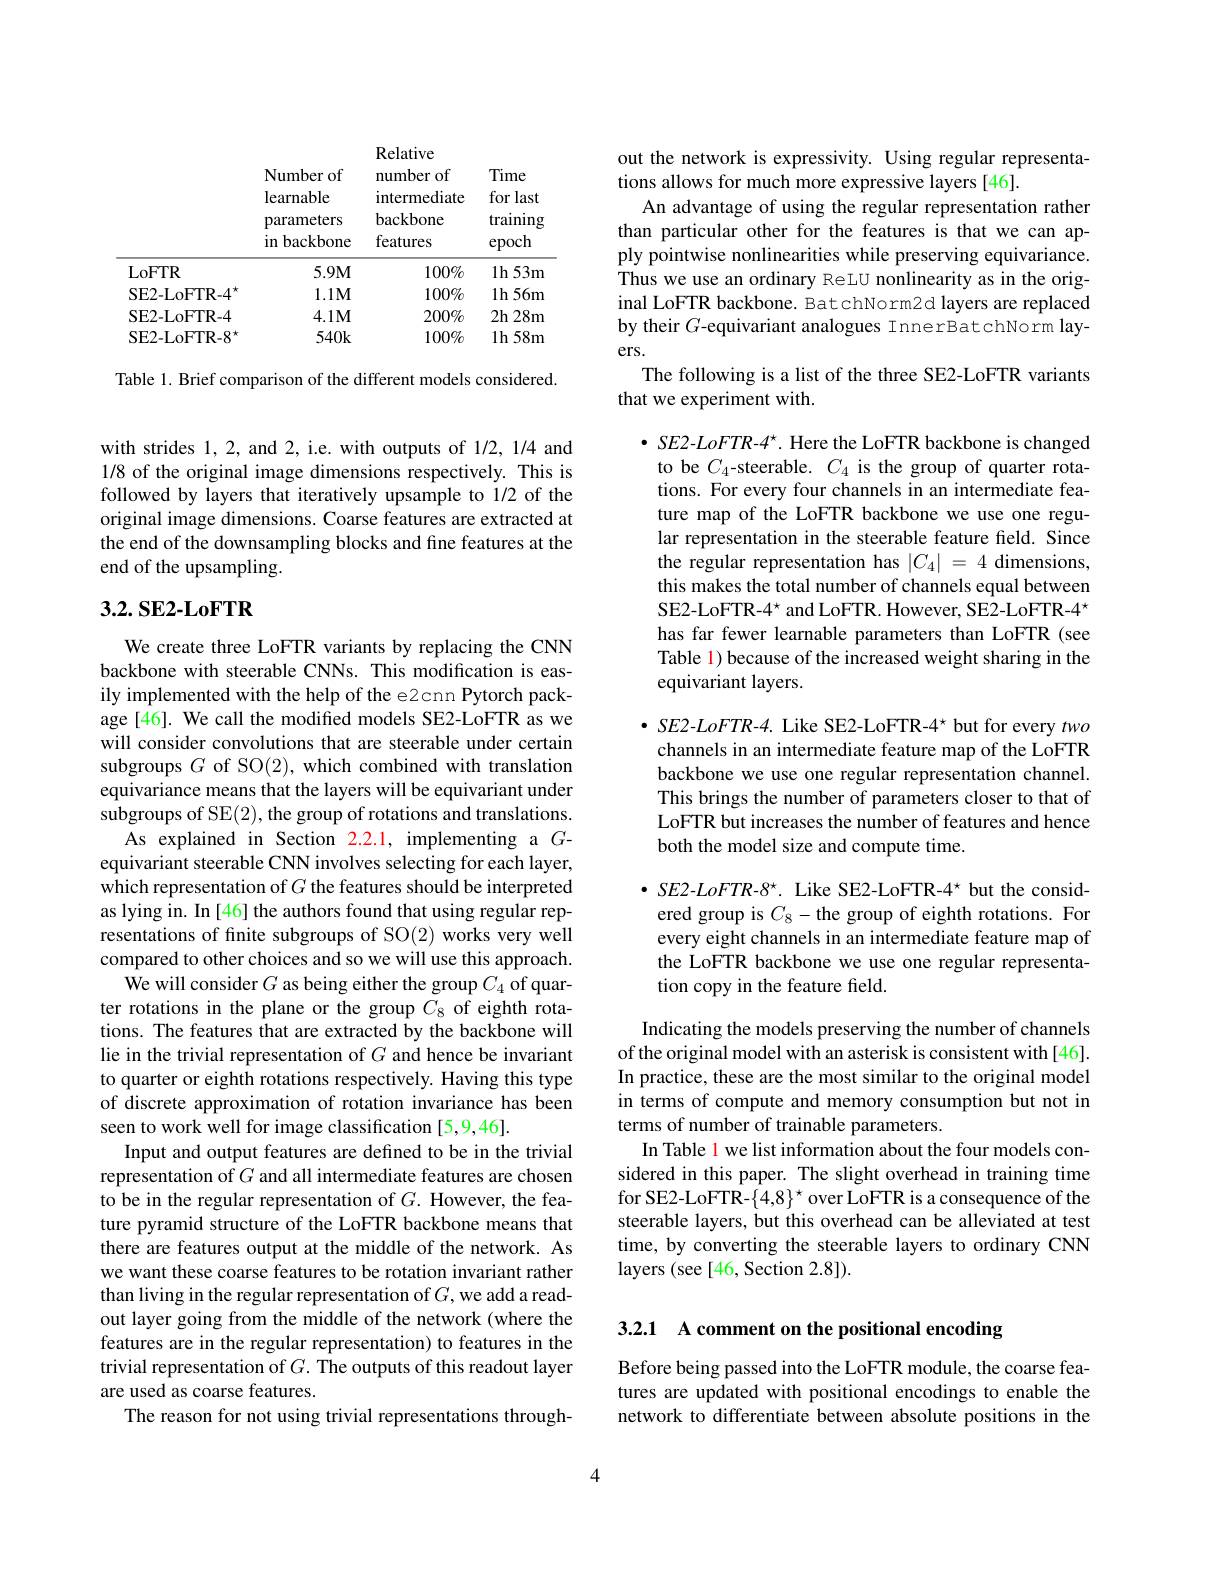
<table>
	<tbody>
		<tr>
			<th> </th>
			<th>Number of learnable parameters in backbone</th>
			<th>Relative number of intermediate backbone features</th>
			<th>Time for last training $\operatorname{epoch}$</th>
		</tr>
		<tr>
			<th> </th>
			<th>Number of learnable parameters in backbone</th>
			<th>Relative number of intermediate backbone features</th>
			<th>Time for last training $\operatorname{epoch}$</th>
		</tr>
		<tr>
			<td>LoFTR</td>
			<td>$5.9M$</td>
			<td>$100\%$</td>
			<td>1h 53m</td>
		</tr>
		<tr>
			<td>SE2-LoFTR-4"</td>
			<td>$1.1M$</td>
			<td>100%</td>
			<td>$1h56m$</td>
		</tr>
		<tr>
			<td>SE2-LoFTR-4</td>
			<td>$4.1M$</td>
			<td>$200\%$</td>
			<td>2h28m</td>
		</tr>
		<tr>
			<td>$SE2-LoFTR-8^{\star}$</td>
			<td>$540k$</td>
			<td>$100\%$</td>
			<td>1h 58m</td>
		</tr>
	</tbody>
</table>

Table 1. Brief comparison of the different models considered.

with strides 1, 2, and 2, i.e. with outputs of 1/2, 1/4 and 1/8 of the original image dimensions respectively. This is followed by layers that iteratively upsample to 1/2 of the original image dimensions. Coarse features are extracted at the end of the downsampling blocks and fine features at the end of the upsampling.

# 3.2. SE2-LoFTR

We create three LoFTR variants by replacing the CNN backbone with steerable CNNs. This modification is easily implemented with the help of the e2cnn Pytorch package[46]. We call the modified models SE2-LoFTR as we will consider convolutions that are steerable under certain subgroups $G$ of SO(2), which combined with translation equivariance means that the layers will be equivariant under subgroups of SE(2),the group of rotations and translations.
As explained in Section 2.2.1, implementing a $G$- equivariant steerable CNN involves selecting for each layer, which representation of $G$ the features should be interpreted as lying in. In [46] the authors found that using regular representations of fnite subgroups of SO(2) works very well compared to other choices and so we will use this approach.
We will consider $G$ as being either the group $C_{4}$ of quarter rotations in the plane or the group $C_{8}$ of eighth rotations. The features that are extracted by the backbone will lie in the trivial representation of $G$ and hence be invariant to quarter or eighth rotations respectively. Having this type of discrete approximation of rotation invariance has been seen to work well for image classification [5,9,46].
Input and output features are defined to be in the trivial representation of $G$ and all intermediate features are chosen to be in the regular representation of $G.$ However, the feature pyramid structure of the LoFTR backbone means that there are features output at the middle of the network. As we want these coarse features to be rotation invariant rather than living in the regular representation of $G$,we add a readout layer going from the middle of the network (where the features are in the regular representation) to features in the trivial representation of $G.$ The outputs of this readout layer are used as coarse features.
The reason for not using trivial representations through-

out the network is expressivity. Using regular representa-
tions allows for much more expressive layers [46].
An advantage of using the regular representation rather than particular other for the features is that we can apply pointwise nonlinearities while preserving equivariance. Thus we use an ordinary ReLU nonlinearity as in the original LoFTR backbone. BatchNorm2d layers are replaced by their $G$-equivariant analogues InnerBatchNorm layers.
The following is a list of the three SE2-LoFTR variants
that we experiment with.

$\bullet$ SE2-LoFTR-4. Here the LoFTR backbone is changed to be $C_4$-steerable. $C_4$ is the group of quarter rotations. For every four channels in an intermediate feature map of the LoFTR backbone we use one regular representation in the steerable feature field. Since the regular representation has $|C_4|=4$ dimensions, this makes the total number of channels equal between $SE2-LoFTR-4^{\star} and LoFTR. However, SE2-LoFTR-4^{\star}$ has far fewer learnable parameters than LoFTR (see Table 1) because of the increased weight sharing in the equivariant layers.

$\bullet$ SE2-LoFTR-4. Like SE2-LoFTR-4* but for every two
channels in an intermediate feature map of the LoFTR backbone we use one regular representation channel. This brings the number of parameters closer to that of LoFTR but increases the number of features and hence both the model size and compute time.

$\bullet$ SE2-LoFTR-8'. Like SE2-LoFTR-4' but the considered group is $C_8-$the group of eighth rotations. For every eight channels in an intermediate feature map of the LoFTR backbone we use one regular representation copy in the feature field.

Indicating the models preserving the number of channels of the original model with an asterisk is consistent with[46]. In practice, these are the most similar to the original model in terms of compute and memory consumption but not in terms of number of trainable parameters.
In Table 1 we list information about the four models considered in this paper. The slight overhead in training time for SE2-LoFTR-{4,8}^{\star} over LoFTR is a consequence of the steerable layers, but this overhead can be alleviated at test time, by converting the steerable layers to ordinary CNN layers (see [46, Section 2.8]).

3.2.1 A comment on the positional encoding

Before being passed into the LoFTR module, the coarse features are updated with positional encodings to enable the network to differentiate between absolute positions in the

4